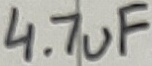
Text: 4.7uF